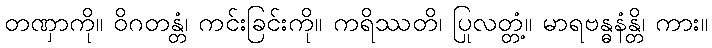
တဏှာကို။ ဝိဂတန္တံ၊ ကင်းခြင်းကို။ ကရိဿတိ၊ ပြုလတ္တံ့။ မာရဗန္ဓနံန္တိ၊ ကား။